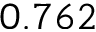
0 . 7 6 2